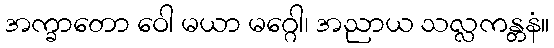
အက္ခာတော ဝေါ မယာ မဂ္ဂေါ၊ အညာယ သလ္လကန္တနံ။